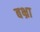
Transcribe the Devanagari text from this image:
बभ्रा